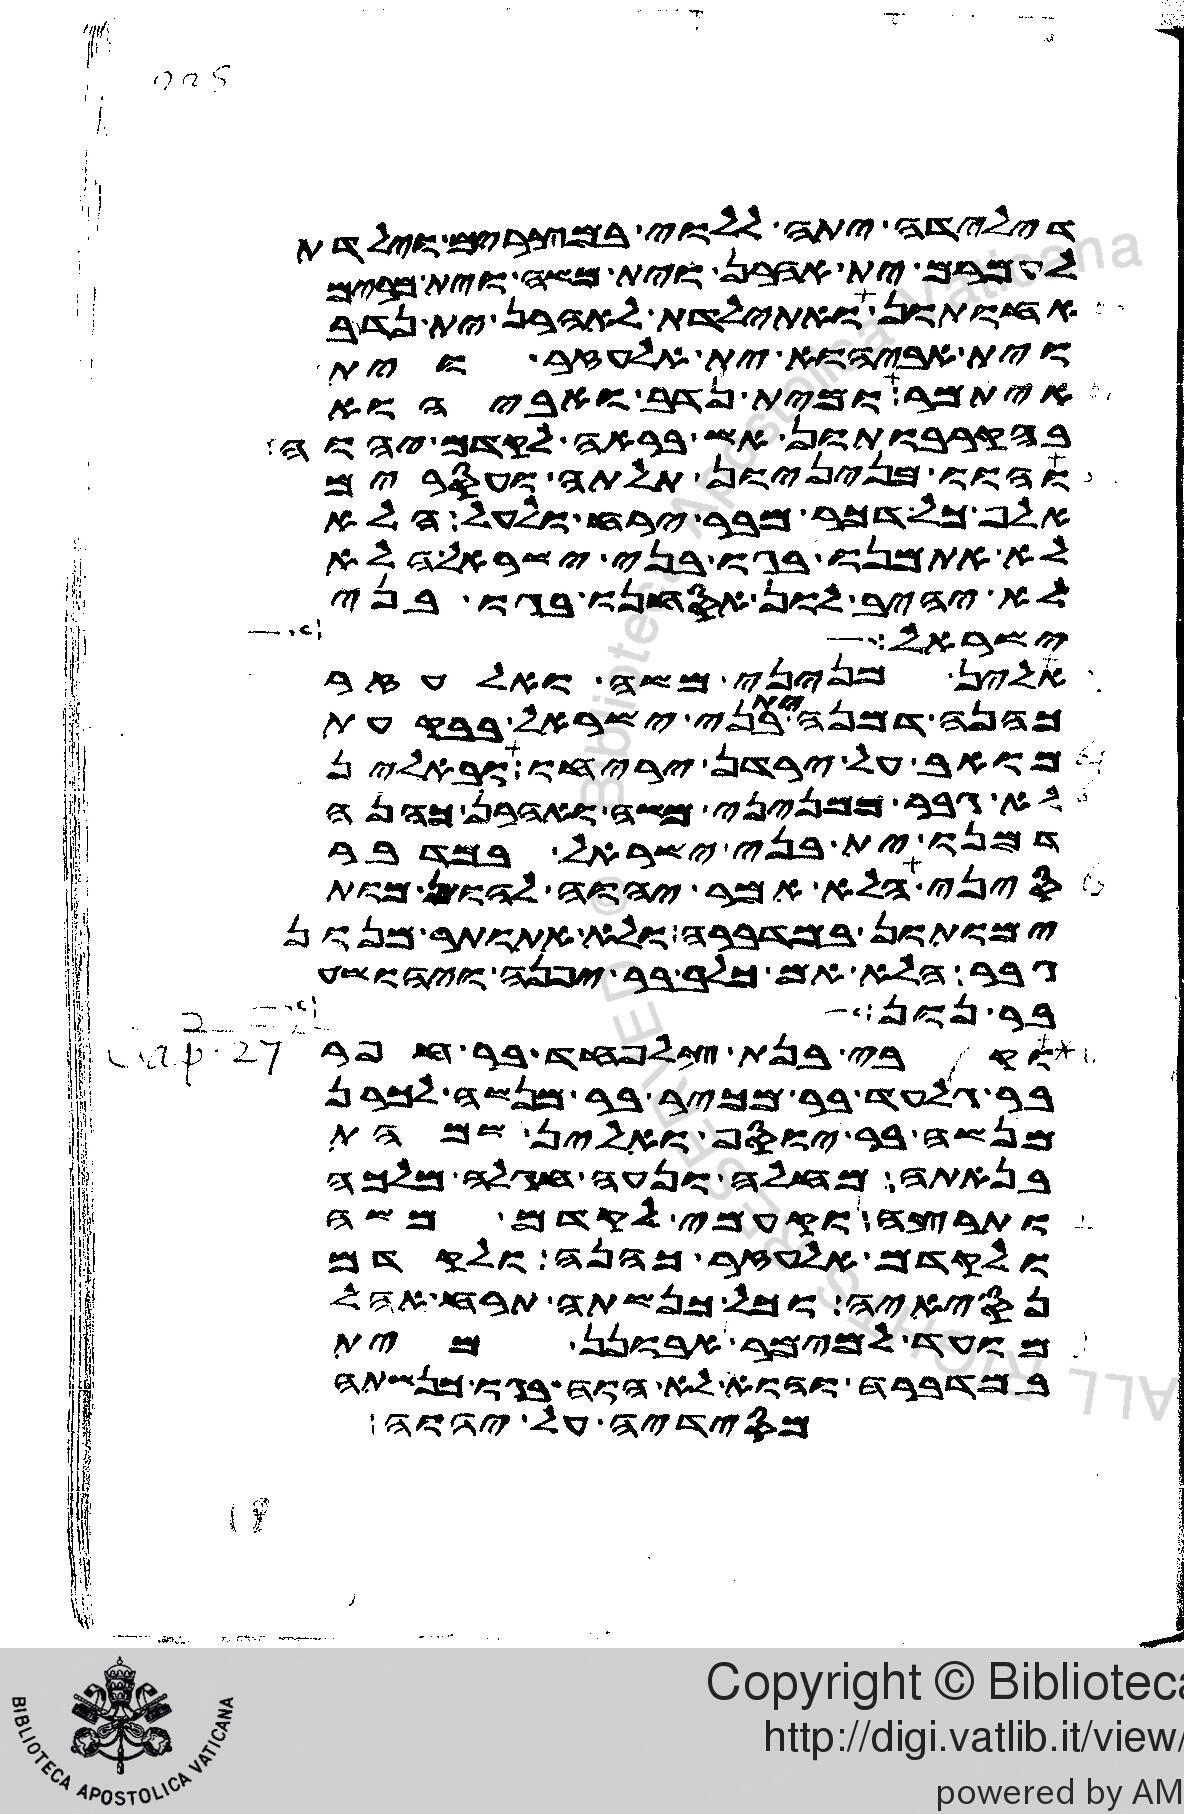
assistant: דילדה יתה ללוי במצרים וילדת
לעמרם ית אהרן וית משה וית מרים
אחותון ואתילדת לאהרן ית נדב
וית אביהוא ית אלעזר וית
איתמר ומית נדב ואביהוא
בהקרבותון אש בראה לקדם יהוה
והוו מניניון תלתה ועסרים
אלף כל דכר מבר ירח ולעל הלא
לא אתמנו בגו בני ישראל הלא
לא יהיב לון אסחנו בגו בני
ישראל
אלין מניני משה ואלעזר
כהנה דמנה ית בני ישראל בבקעת
מואב על ירדן יריחו ובאלין
גבר ממניני משה ואהרן כהנה
דמנו ית בני ישראל במדבר
סיני הלא אמר יהוה להון מות
ימותון במדברה ולא אתותר מנון
גבר הלא אם כלב בר יפנה ויהושע
בר נון
וקרבי בנת צלפחד בר חפר
בר גלעד בר מכיר בר מנשה לכרן
מנשה בר יוסף ואלין שמהת
בנאתה מחלה ונעה חגלה מלכה
ותרצה וקעמי לקדם משה
ולקדם אלעזר כהנה ולקדם
נסיאיה וכל כנשתה תרח אהל
מועד למימר אבונן מית
במדברה והוא לא הוה בגו כנשתה
מסידיה על יהוה